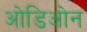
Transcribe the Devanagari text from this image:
ओडिओन